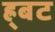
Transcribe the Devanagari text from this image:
ह्र्बट